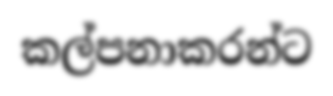
කල්පනාකරන්ට